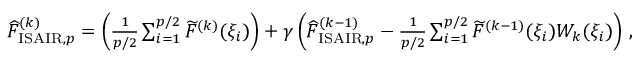
\begin{array} { r } { \widehat { F } _ { \mathrm { I S A I R } , p } ^ { ( k ) } = \left( \frac { 1 } { p / 2 } \sum _ { i = 1 } ^ { p / 2 } \widetilde { F } ^ { ( k ) } ( \xi _ { i } ) \right) + \gamma \left( \widehat { F } _ { \mathrm { I S A I R } , p } ^ { ( k - 1 ) } - \frac { 1 } { p / 2 } \sum _ { i = 1 } ^ { p / 2 } \widetilde { F } ^ { ( k - 1 ) } ( \xi _ { i } ) W _ { k } ( \xi _ { i } ) \right) \, , } \end{array}